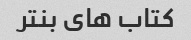
کتاب های بنتر